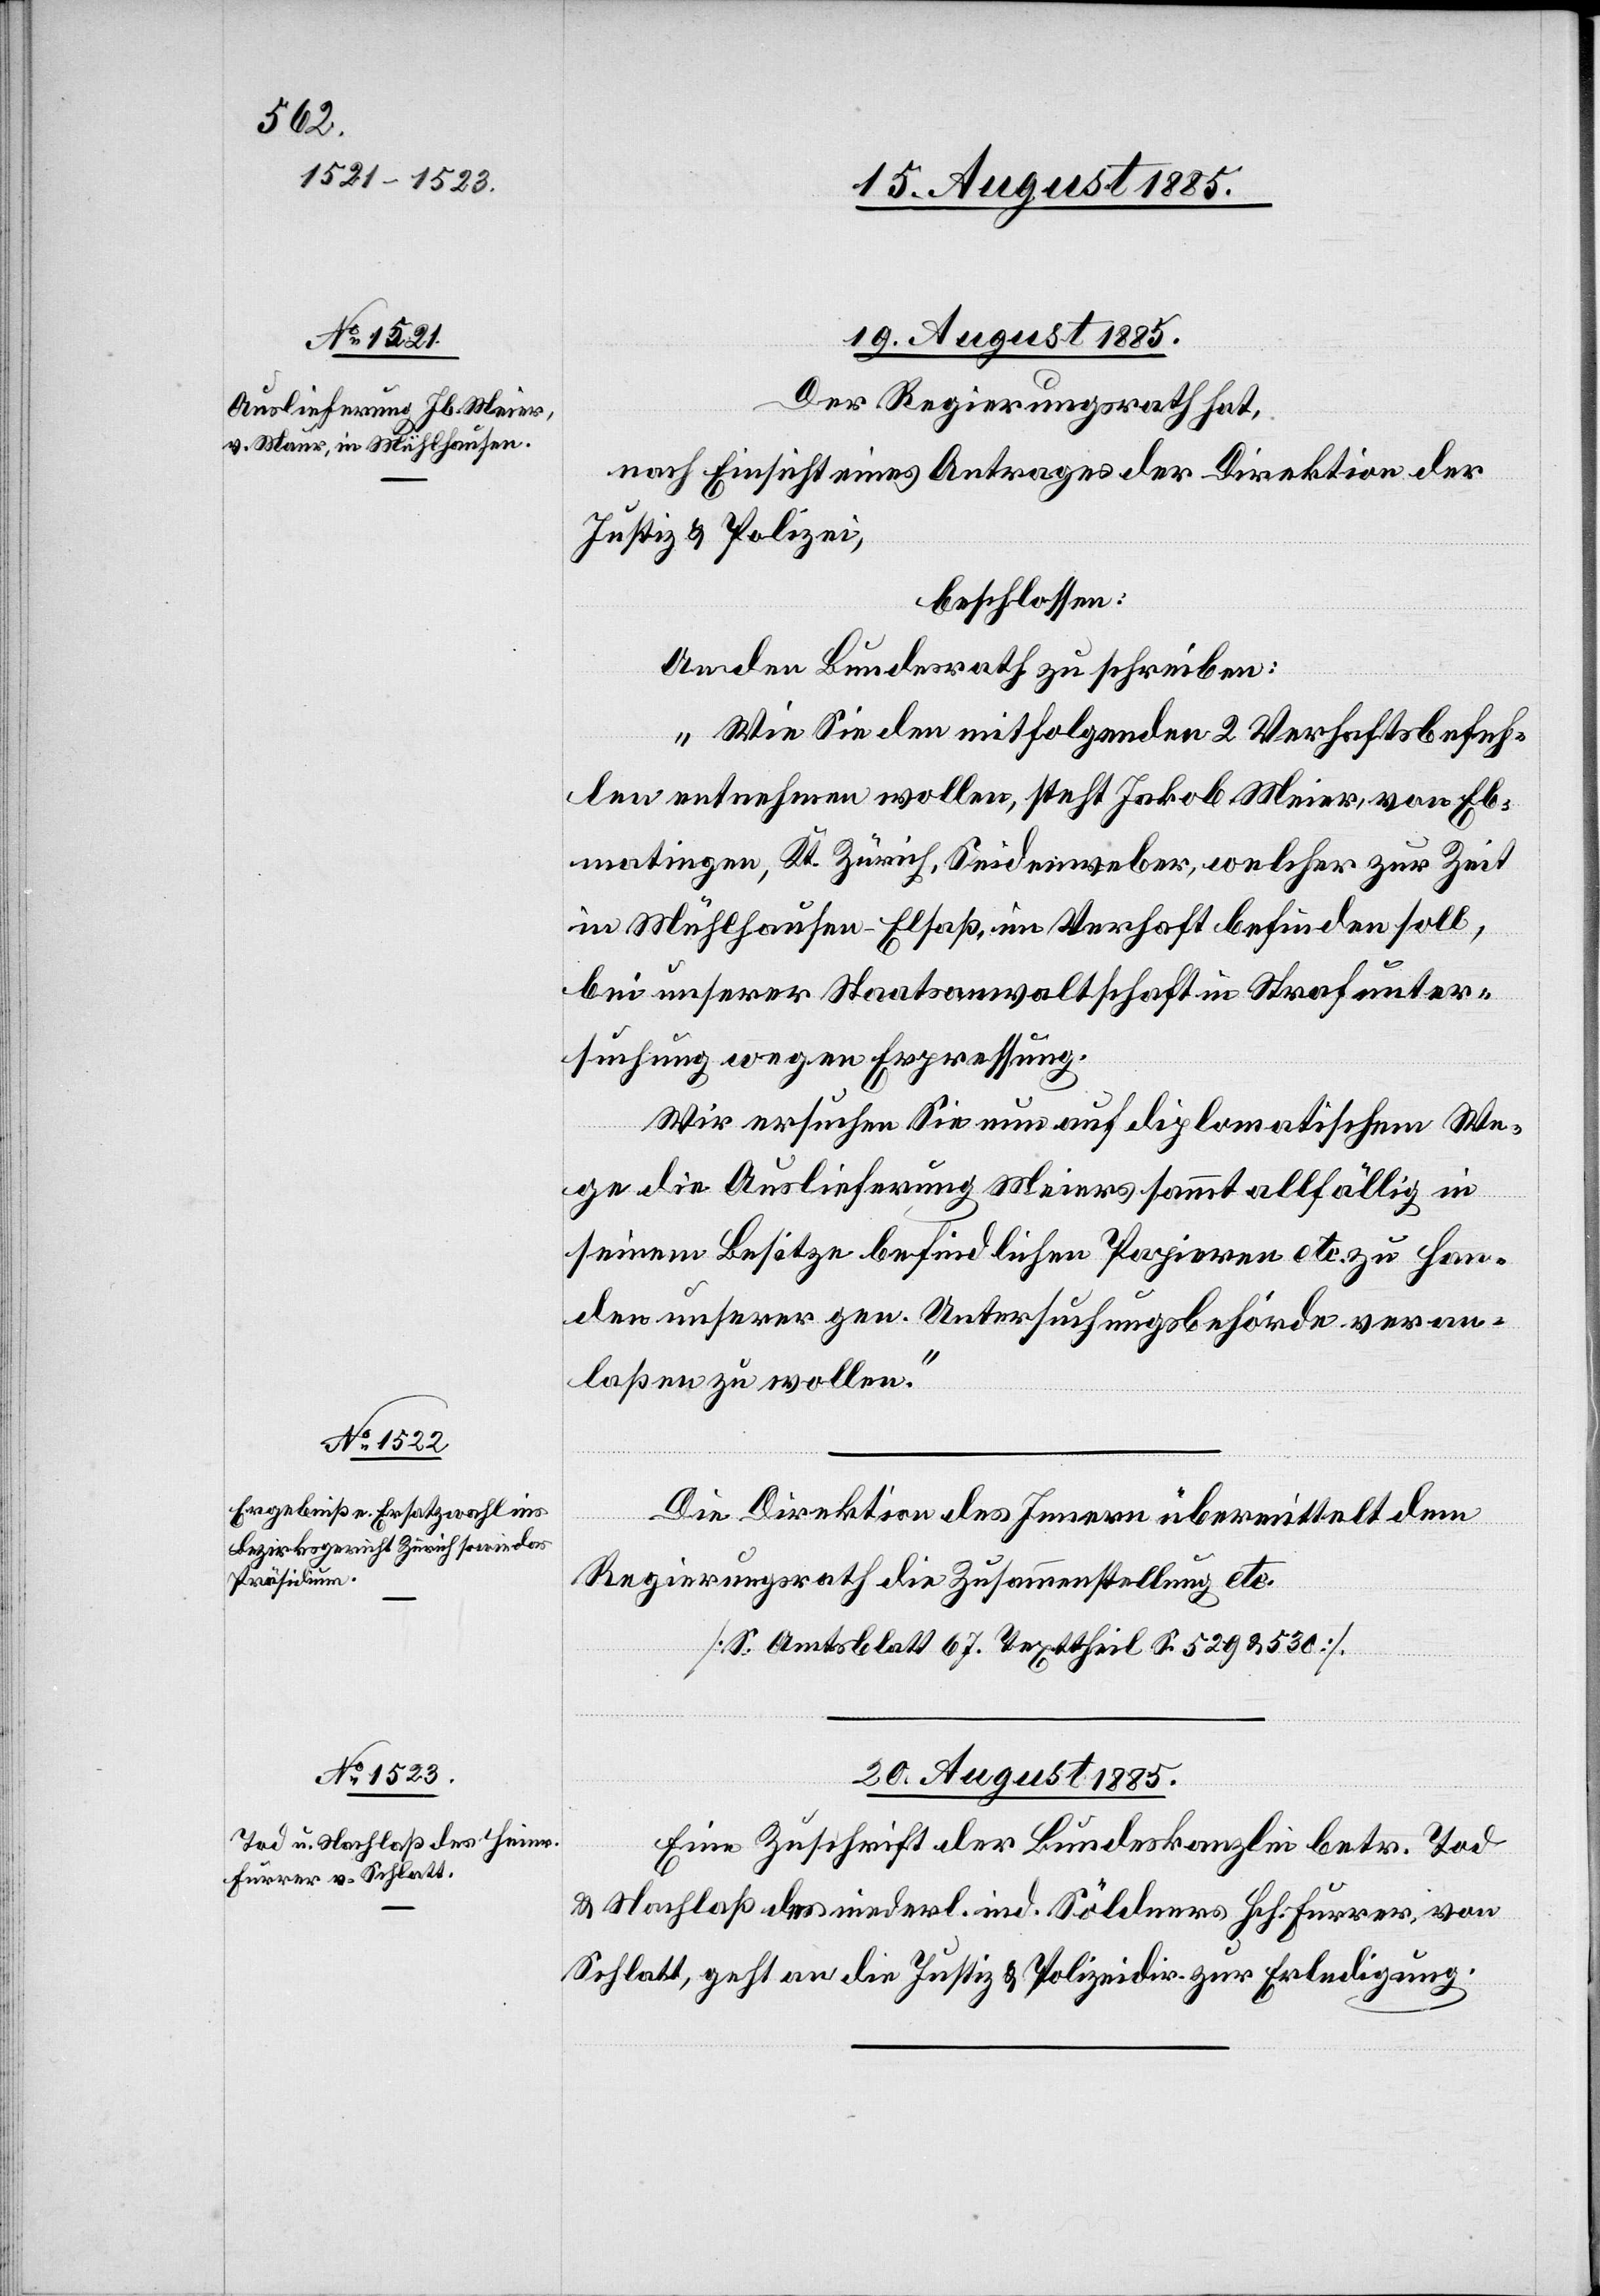
19. August 1885.]
Der Regierungsrath hat,
nach Einsicht eines Antrages der Direktion der
Justiz & Polizei,
beschlossen:
An den Bundesrath zu schreiben:
„Wie Sie den mitfolgenden 2 Verhaftsbefeh¬
len entnehmen wollen, steht Jakob Meier, von Eb¬
matingen, Kt. Zürich, Seidenweber, welcher [sich] zur Zeit
in Mühlhausen - Elsaß, im Verhaft befinden soll,
bei unserer Staatsanwaltschaft in Strafunter¬
suchung wegen Erpressung.
Wir ersuchen Sie nun auf diplomatischem We¬
ge die Auslieferung Meiers sammt allfällig in
seinem Besitze befindlichen Papieren etc. zu Han¬
den unserer gen. Untersuchungsbehörde veran¬
laßen zu wollen.“
Die Direktion des Innern übermittelt dem
Regierungsrath die Zusammenstellung etc.
[S. Amtsblatt 67. Texttheil S. 529 & 530]
20. August 1885.
Eine Zuschrift der Bundeskanzlei betr. Tod
& Nachlaß des niederl. ind. Söldners Hch. Furrer, von
Schlatt, geht an die Justiz[-] & Polizeidir. zur Erledigung.